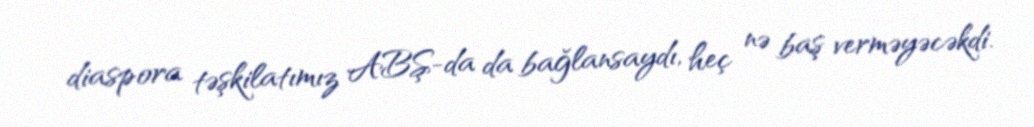
diaspora təşkilatımız ABŞ-da da bağlansaydı, heç nə baş verməyəcəkdi.